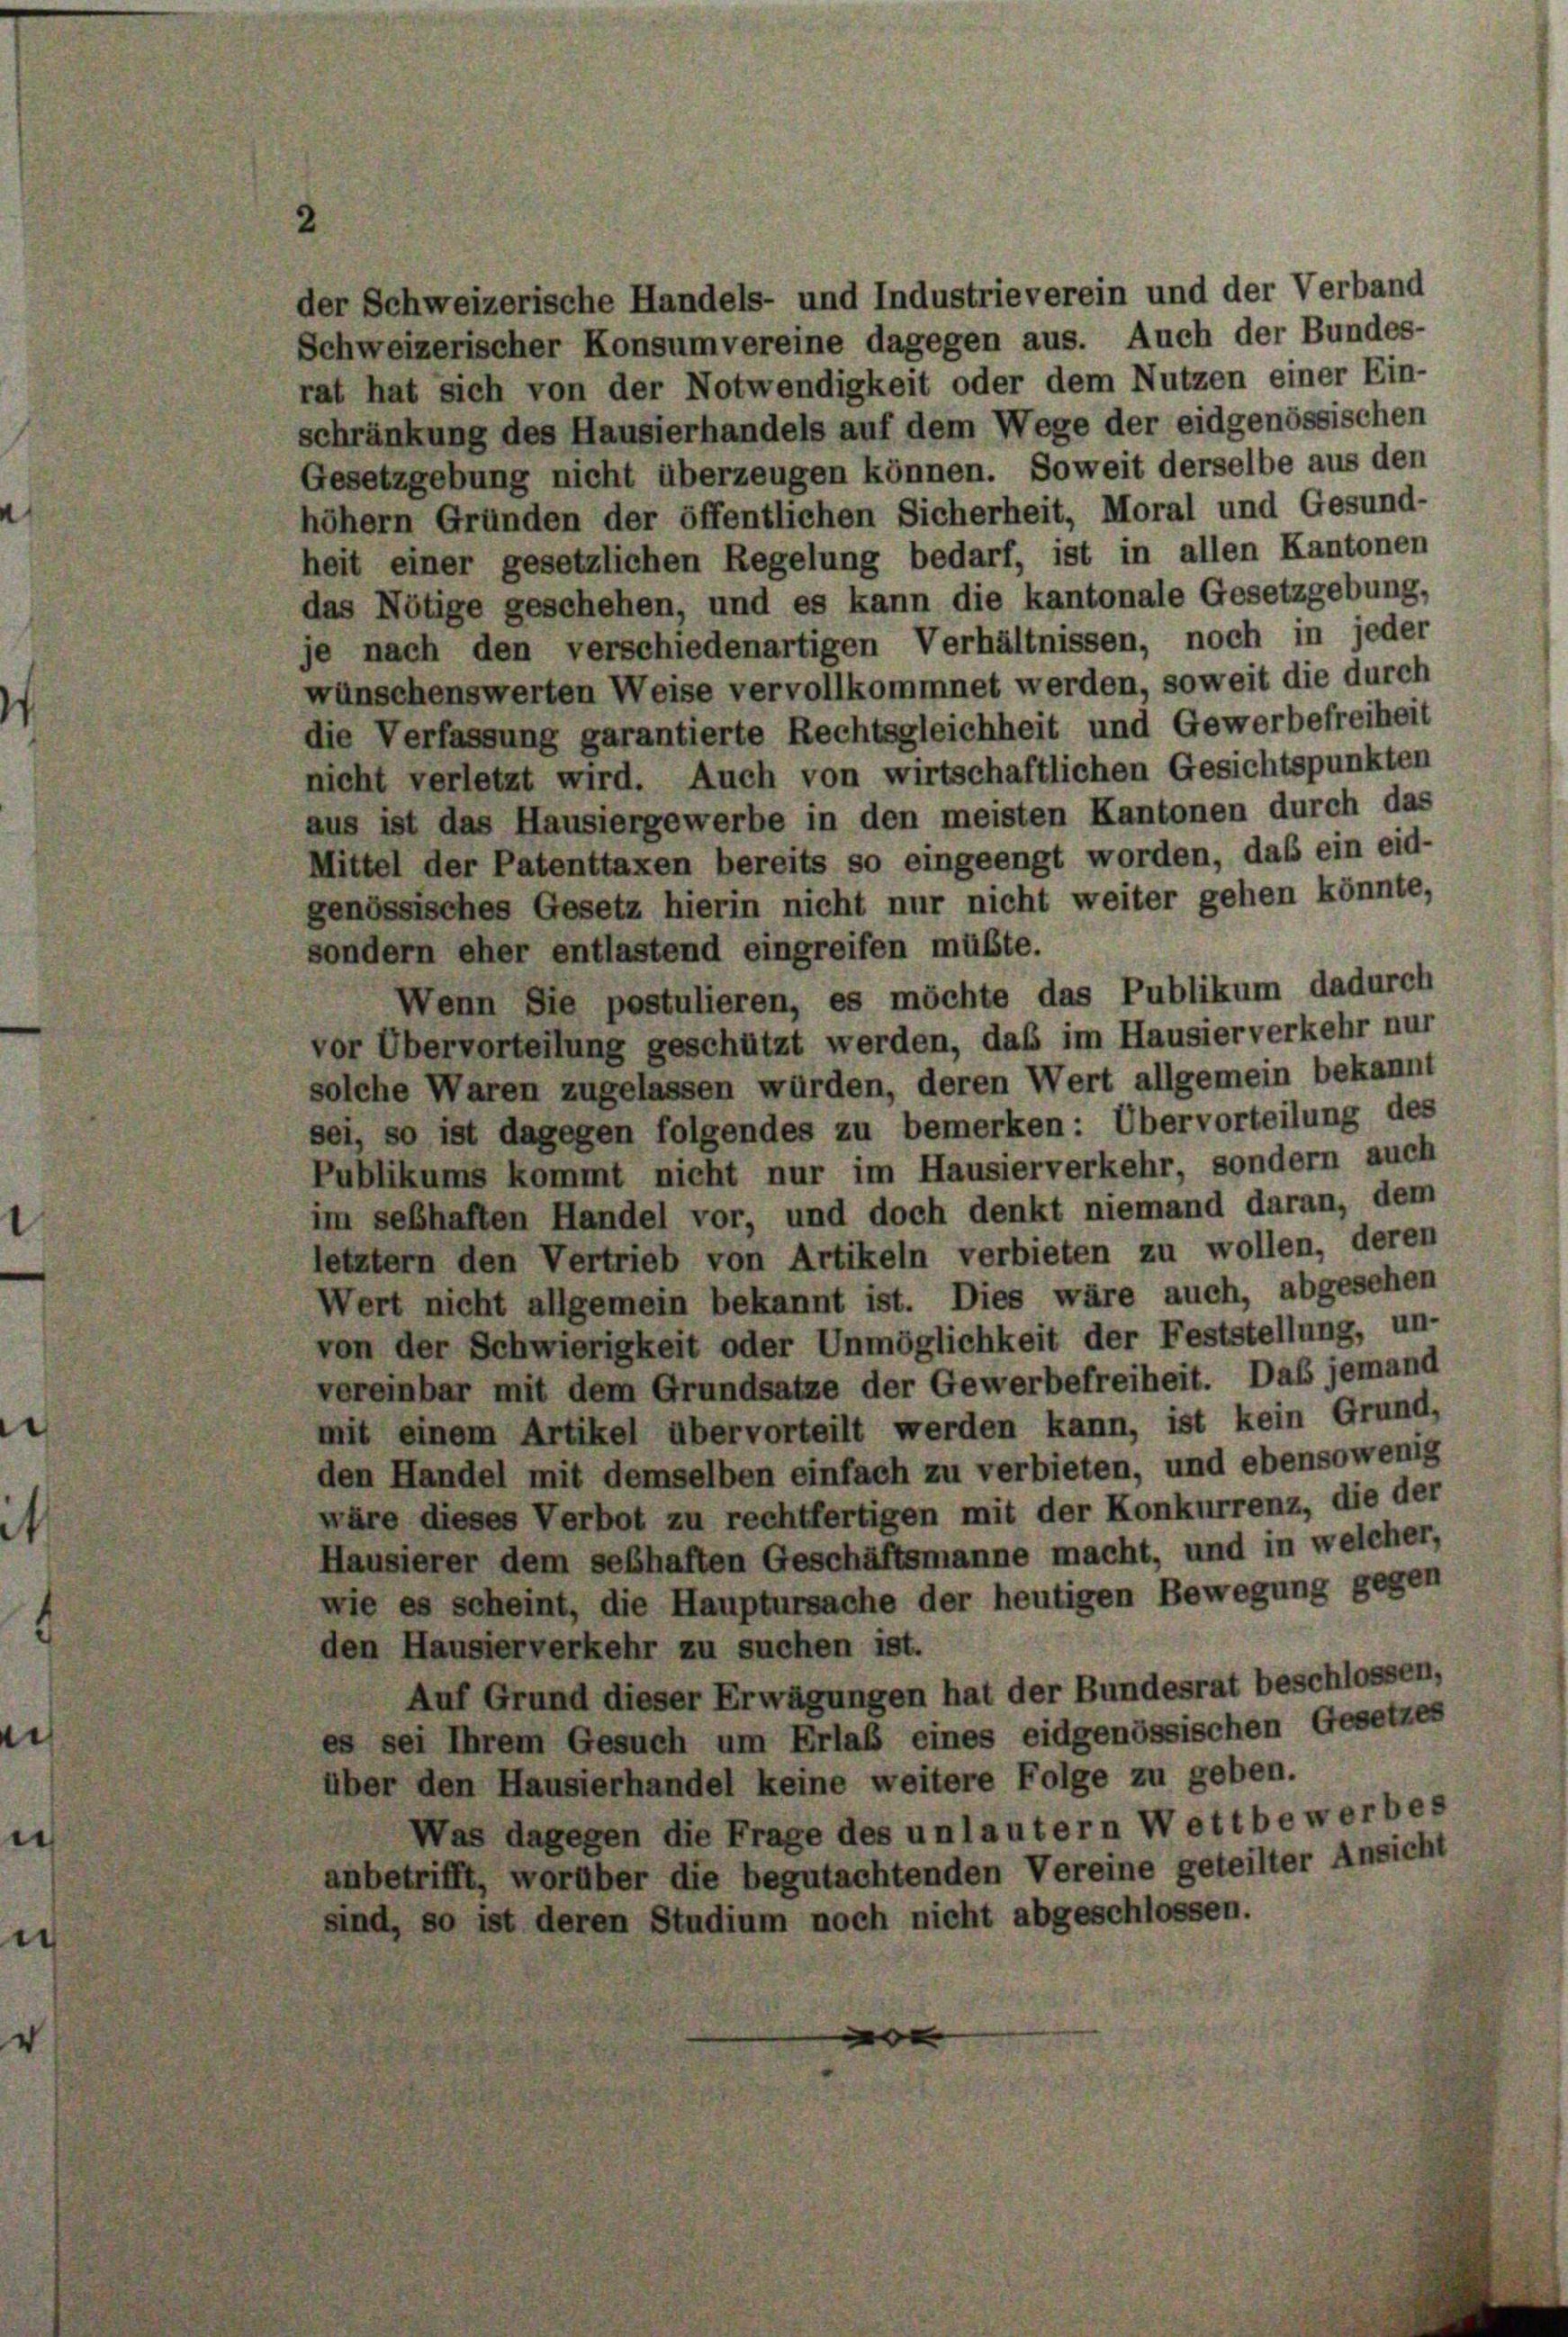
der Schweizerische Handels- und Industrieverein und der Verband
Schweizerischer Konsumvereine dagegen aus. Auch der Bundes-
rat hat sich von der Notwendigkeit oder dem Nutzen einer Ein-
schränkung des Hausierhandels auf dem Wege der eidgenössischen
Gesetzgebung nicht überzeugen können. Soweit derselbe aus den
höhern Gründen der öffentlichen Sicherheit, Moral und Gesund-
heit einer gesetzlichen Regelung bedarf, ist in allen Kantonen
das Nötige geschehen, und es kann die kantonale Gesetzgebung,
je nach den verschiedenartigen Verhältnissen, noch in jeder
wünschenswerten Weise vervollkommnet werden, soweit die durch
die Verfassung garantierte Rechtsgleichheit und Gewerbefreiheit
nicht verletzt wird. Auch von wirtschaftlichen Gesichtspunkten
aus ist das Hausiergewerbe in den meisten Kantonen durch das
Mittel der Patenttaxen bereits so eingeengt worden, das ein eid-
genössisches Gesetz hierin nicht nur nicht weiter gehen könnte,
sondern eher entlastend eingreifen müßte.
Wenn Sie postulieren, es möchte das Publikum dadurch
vor Übervorteilung geschützt werden, das im Hausier verkehr nur
solche Waren zugelassen würden, deren Wert allgemein bekannt
sei, so ist dagegen folgendes zu bemerken: Übervorteilung des
Publikums kommt nicht nur im Hausierverkehr, sondern auch
im sebhaften Handel vor, und doch denkt niemand daran, dem
letztem den Vertrieb von Artikeln verbieten zu wollen, deren
Wert nicht allgemein bekannt ist. Dies wäre auch, abgesehen
von der Schwierigkeit oder Unmöglichkeit der Feststellung, un-
vereinbar mit dem Grundsätze der Gewerbefreiheit. Das jemand
mit einem Artikel übervorteilt werden kann, ist kein Grund,
den Handel mit demselben einfach zu verbieten, und ebensowenig
wäre dieses Verbot zu rechtfertigen mit der Konkurrenz, die der
Hausierer dem sebhaften Geschäftsmanne macht, und in welcher,
wie es scheint, die Hauptursache der heutigen Bewegung gegen
den Hausierverkehr zu suchen ist.
Auf Grund dieser Erwägungen hat der Bundesrat beschlossen,
es sei Ihrem Gesuch um Erlaß eines eidgenössischen Gesetze
über den Hausierhandel keine weitere Folge zu geben.
Was dagegen die Frage des unlautern Wettbewerbes
anbetrifft, worüber die begutachtenden Vereine geteilter Ansich,
sind, so ist deren Studium noch nicht abgeschlossen.